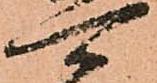
可